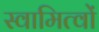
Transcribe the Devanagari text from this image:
स्वामित्वों